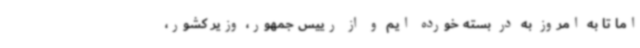
اما تا به امروز به در بسته خورده ایم و از رییس جمهور، وزیر کشور،